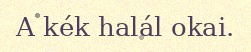
A kék halál okai.